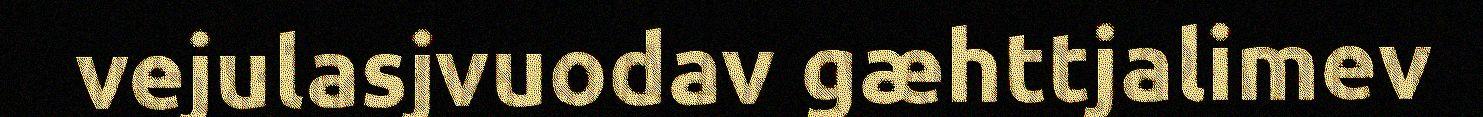
vejulasjvuodav gæhttjalimev